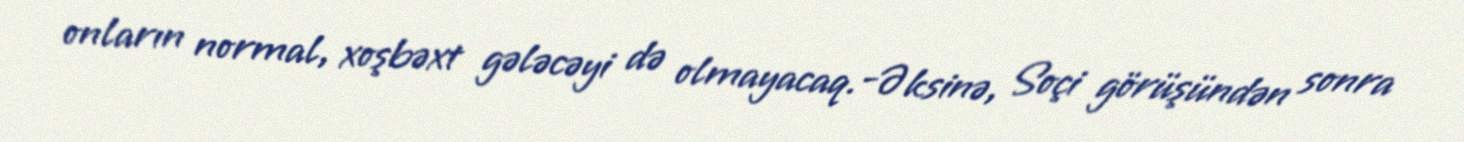
onların normal, xoşbəxt gələcəyi də olmayacaq.-Əksinə, Soçi görüşündən sonra